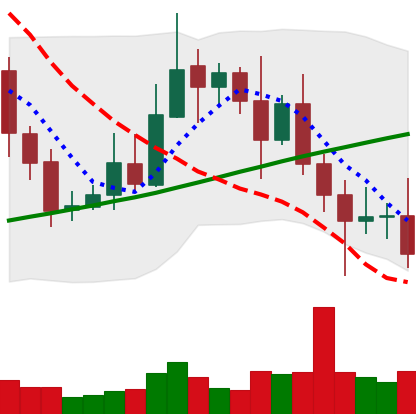
Ticker: XRP-USD
Chart end date: 2020-11-02
Forward return: 6.015%
Label: up_5_7